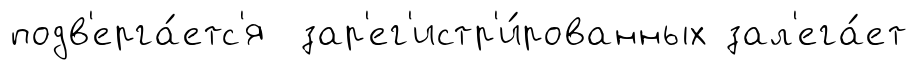
подв'ерга́етс'я зар'ег'истр'и́рованных зал'ега́ет